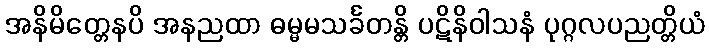
အနိမိတ္တေနပိ အနညထာ ဓမ္မမသင်္ခတန္တိ ပဋိနိဝါသနံ ပုဂ္ဂလပညတ္တိယံ